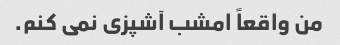
من واقعاً امشب آشپزی نمی کنم.